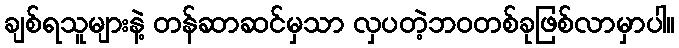
ချစ်ရသူများနဲ့ တန်ဆာဆင်မှသာ လှပတဲ့ဘဝတစ်ခုဖြစ်လာမှာပါ။